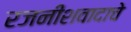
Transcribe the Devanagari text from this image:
रजनीशवादाचे